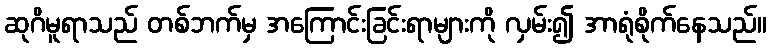
ဆုဂိမူရာသည် တစ်ဘက်မှ အကြောင်းခြင်းရာများကို လှမ်း၍ အာရုံစိုက်နေသည်။